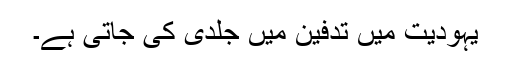
یہودیت میں تدفین میں جلدی کی جاتی ہے۔